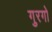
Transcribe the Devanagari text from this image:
गुरगो